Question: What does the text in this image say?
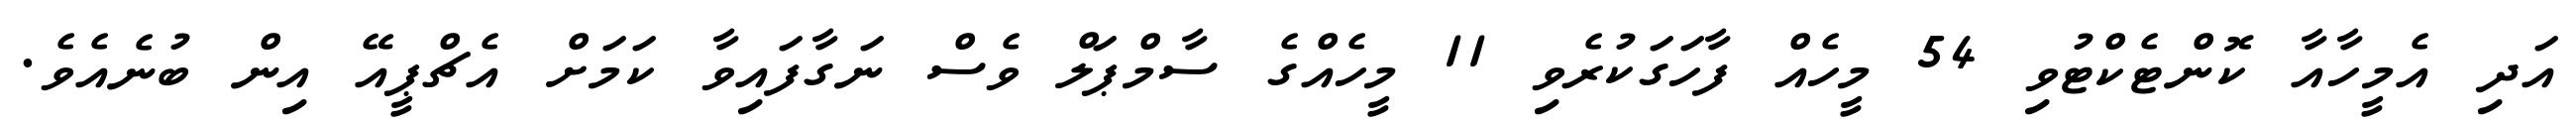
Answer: އަދި އެމީހާއާ ކޮންޓެކްޓުވި 54 މީހެއް ފާހަގަކުރެވި 11 މީހެއްގެ ސާމްޕަލް ވެސް ނަގާފައިވާ ކަމަށް އެޗްޕީއޭ އިން ބުނެއެވެ.